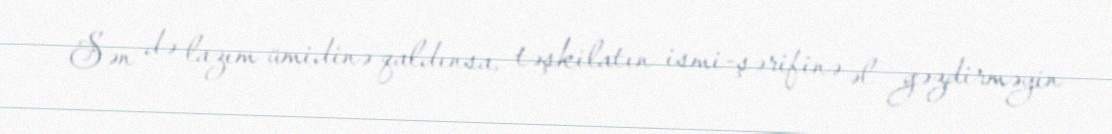
Sən də lazım ümidinə qaldınsa, təşkilatın ismi-şərifinə əl gəzdirməyin